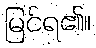
မြင်ရ၏။